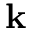
\mathbf { k }